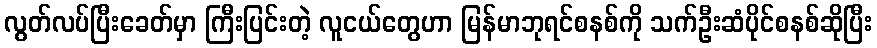
လွတ်လပ်ပြီးခေတ်မှာ ကြီးပြင်းတဲ့ လူငယ်တွေဟာ မြန်မာဘုရင်စနစ်ကို သက်ဦးဆံပိုင်စနစ်ဆိုပြီး